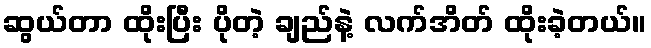
ဆွယ်တာ ထိုးပြီး ပိုတဲ့ ချည်နဲ့ လက်အိတ် ထိုးခဲ့တယ်။